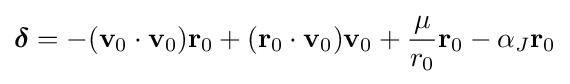
{\boldsymbol {\delta }}=-(\mathbf {v} _{0}\cdot \mathbf {v} _{0})\mathbf {r} _{0}+(\mathbf {r} _{0}\cdot \mathbf {v} _{0})\mathbf {v} _{0}+{\frac {\mu }{r_{0}}}\mathbf {r} _{0}-\alpha _{J}\mathbf {r} _{0}